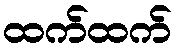
ထက်ထက်